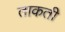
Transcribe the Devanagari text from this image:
ताकती